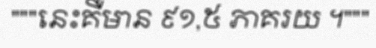
"""នេះគឺមាន ៩១,៥ ភាគរយ ។"""